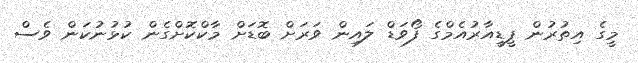
މީގެ އިތުރުން ޕީޑީއާރުއެމްގެ ފޯވަޑް ލައިން ވަރަށް ބޮޑަށް މާކްކޮށްގެން ކުޅުނުކަން ވެސް